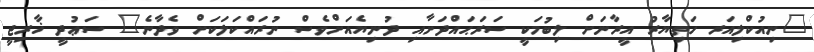
"ނިއުކްލިއަރ ހަތިޔާރު އީރާނަށް ލިބުމަކީ ސަރަޙައްދަށާއި ދުނިޔެއަށްވެސް ނުރައްކަލަކަށް ވެދާނެ" ސަޢުދީ ޚާރިޖީ